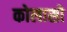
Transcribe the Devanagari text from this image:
कोलासो